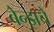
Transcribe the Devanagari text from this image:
बेन्झचे